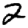
Digit: 2